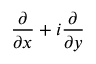
{ \frac { \partial } { \partial x } } + i { \frac { \partial } { \partial y } }